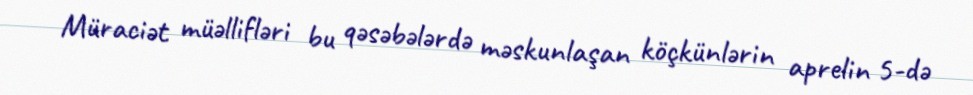
Müraciət müəllifləri bu qəsəbələrdə məskunlaşan köçkünlərin aprelin 5-də